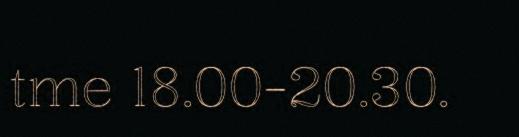
tme 18.00-20.30.